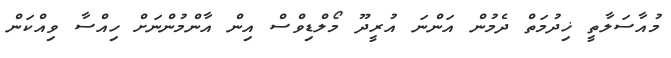
މުއާސަލާތީ ޚިދުމަތް ދެމުން އަންނަ އުރީދޫ މޯލްޑިވްސް އިން އާންމުންނަށް ހިއްސާ ވިއްކަން